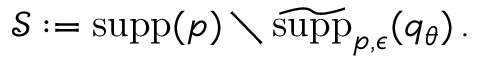
\begin{array} { r } { \mathcal { S } : = \mathrm { s u p p } ( p ) \setminus \widetilde { \mathrm { s u p p } } _ { p , \epsilon } ( q _ { \theta } ) \, . } \end{array}